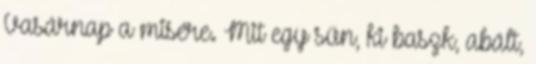
Vasárnap a misére. Mit egy sün, ki baszk, abált,